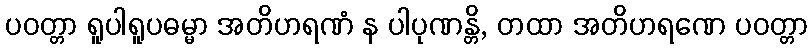
ပဝတ္တာ ရူပါရူပဓမ္မာ အတိဟရဏံ န ပါပုဏန္တိ, တထာ အတိဟရဏေ ပဝတ္တာ